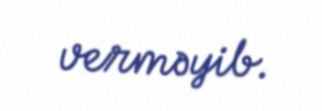
verməyib.